Report of the Indian Hemp Drugs Commission, 1894-1895 - Volume V
Year: 1894
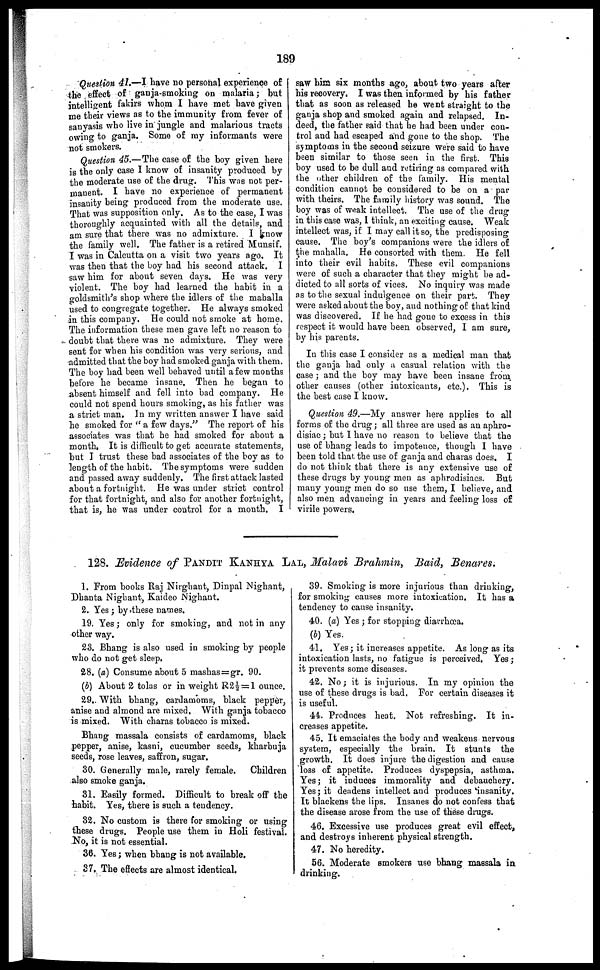
189
Question 41.—I have no personal experience of
the effect of ganja-smoking on malaria; but
intelligent fakirs whom I have met have given
me their views as to the immunity from fever of
sanyasis who live in jungle and malarious tracts
owing to ganja. Some of my informants were
not smokers.
Question 45.—The case of the boy given here
is the only case I know of insanity produced by
the moderate use of the drug. This was not per-
manent. I have no experience of permanent
insanity being produced from the moderate use.
That was supposition only. As to the case, I was
thoroughly acquainted with all the details, and
am sure that there was no admixture. I know
the family well. The father is a retired Munsif.
I was in Calcutta on a visit two years ago. It
was then that the boy had his second attack. I
saw him for about seven days. He was very
violent. The boy had learned the habit in a
goldsmith's shop where the idlers of the mahalla
used to congregate together. He always smoked
in this company. He could not smoke at home.
The information these men gave left no reason to
doubt that there was no admixture. They were
sent for when his condition was very serious, and
admitted that the boy had smoked ganja with them.
The boy had been well behaved until a few months
before he became insane. Then he began to
absent himself and fell into bad company. He
could not spend hours smoking, as his father was
a strict man. In my written answer I have said
be smoked for "a few days." The report of his
associates was that he had smoked for about a
month, It is difficult to get accurate statements,
but I trust these bad associates of the boy as to
length of the habit. The symptoms were sudden
and passed away suddenly. The first attack lasted
about a fortnight. He was under strict control
for that fortnight, and also for another fortnight,
that is, he was under control for a month. I
saw him six months ago, about two years after
his recovery. I was then informed by his father
that as soon as released he went straight to the
ganja shop and smoked again and relapsed. In-
deed, the father said that he had been under con-
trol and had escaped and gone to the shop. The
symptoms in the second seizure were said to have
been similar to those seen in the first. This
boy used to be dull and retiring as compared with
the other children of the family. His mental
condition cannot be considered to be on a par
with theirs. The family history was sound. The
boy was of weak intellect. The use of the drug
in this case was, I think, an exciting cause. Weak
intellect was, if I may call it so, the predisposing
cause. The boy's companions were the idlers of
the mahalla. He consorted with them. He fell
into their evil habits. These evil companions
were of such a character that they might be ad-
dicted to all sorts of vices. No inquiry was made
as to the sexual indulgence on their part. They
were asked about the boy, and nothing of that kind
was discovered. If he had gone to excess in this
respect it would have been observed, I am sure,
by his parents.
In this case I consider as a medical man that
the ganja had only a casual relation with the
case ; and the boy may have been insane from
other causes (other intoxicants, etc.). This is
the best case I know.
Question 49.—My answer here applies to all
forms of the drug; all three are used as an aphro-
disiac ; but I have no reason to believe that the
use of bhang leads to impotence, though I have
been told that, the use of ganja and charas does. I
do not think that there is any extensive use of
these drugs by young men as aphrodisiacs. But
many young men do so use them, I believe, and
also men advancing in years and feeling loss of
virile powers,
128. Evidence of PANDIT KANHYA LAL, Malavi Brahmin, Baid, Benares.
1. From books Raj Nirghant, Dinpal Nighant,
Dhanta Nighant, Kaideo Nighant.
2. Yes ; by these names.
19. Yes; only for smoking, and not in any
other way.
23. Bhang is also used in smoking by people
who do not get sleep,
28. (a) Consume about 5 mashas=gr. 90.
(b) About 2 tolas or in weight R2½ = 1 ounce.
29. With bhang, cardamoms, black pepper,
anise and almond are mixed. With ganja tobacco
is mixed. With charas tobacco is mixed.
Bhang massala consists of cardamoms, black
pepper, anise, kasni, cucumber seeds, kharbuja
seeds, rose leaves, saffron, sugar.
30. Generally male, rarely female.
Children
also smoke ganja.
31. Easily formed. Difficult to break off the
habit. Yes, there is such a tendency.
32. No custom is there for smoking or using
these drugs. People use them in Holi festival.
No, it is not essential.
36. Yes; when bhang is not available.
37. The effects are almost identical.
39. Smoking is more injurious than drinking,
for smoking causes more intoxication. It has a
tendency to cause insanity.
40. (a) Yes ; for stopping diarrhœa.
(b) Yes.
41. Yes; it increases appetite. As long as its
intoxication lasts, no fatigue is perceived, Yes ;
it prevents some diseases.
42. No; it is injurious. In my opinion the
use of these drugs is bad. For certain diseases it
is useful.
44. Produces heat. Not refreshing. It in-
creases appetite.
45. It emaciates the body and weakens nervous
system, especially the brain. It stunts the
growth. It does injure the digestion and cause
loss of appetite. Produces dyspepsia, asthma.
Yes; it induces immorality and debauchery.
Yes; it deadens intellect and produces insanity.
It blackens the lips. Insanes do not confess that
the disease arose from the use of these drugs.
46. Excessive use produces great evil effect,
and destroys inherent physical strength.
47. No heredity.
56. Moderate smokers use bhang massala in
drinking.